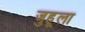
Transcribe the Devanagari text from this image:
जुहूला